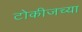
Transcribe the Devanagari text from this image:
टोकीजच्या